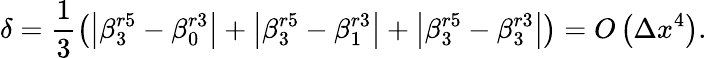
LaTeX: \delta=\frac{1}{3}\left(\left|\beta_{3}^{r5}-\beta_{0}^{r3}\right|+\left|\beta_{3}^{r5}-\beta_{1}^{r3}\right|+\left|\beta_{3}^{r5}-\beta_{3}^{r3}\right|\right)=O\left(\Delta{{x}^{4}}\right).